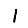
Digit: 1